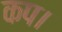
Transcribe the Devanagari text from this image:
कप।